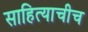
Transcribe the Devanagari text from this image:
साहित्याचीच